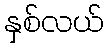
နှစ်လယ်